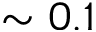
\sim 0 . 1